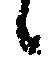
候